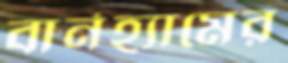
বার্নহ্যামের